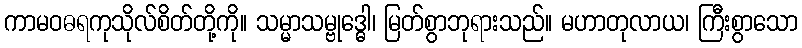
ကာမဝဓရကုသိုလ်စိတ်တို့ကို။ သမ္မာသမ္ဗုဒ္ဓေါ၊ မြတ်စွာဘုရားသည်။ မဟာတုလာယ၊ ကြီးစွာသော